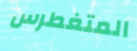
المتغطرس